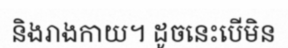
និងរាងកាយ។ ដូចនេះបើមិន